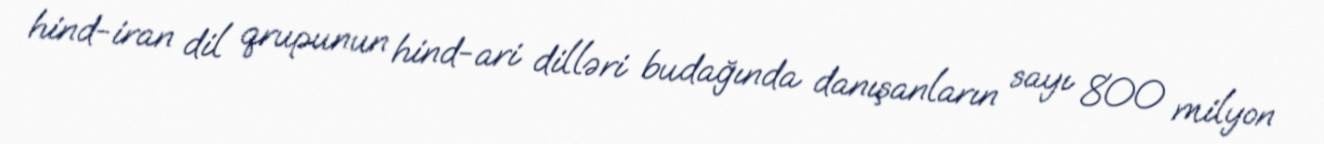
hind-iran dil qrupunun hind-ari dilləri budağında danışanların sayı 800 milyon